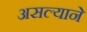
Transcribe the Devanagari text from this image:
असल्याने